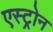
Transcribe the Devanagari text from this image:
एस्ट्रोन